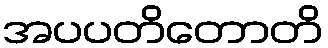
အပပတိတောတိ